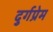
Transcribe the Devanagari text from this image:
दुर्गप्रेम